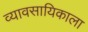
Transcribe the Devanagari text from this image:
व्यावसायिकाला